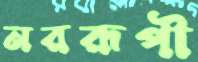
নররূপী